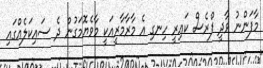
މާފަންނު ވާދީ ފްރެސް ކައިރީ ހިނގި އެ މާރާމާރީއަކީ މާވެޔޮމަގުން ދެ ސައިކަލެއްގައި